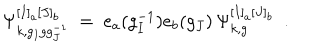
LaTeX: \Psi _ { k , g _ { I } g g _ { J } ^ { - 1 } } ^ { [ I ] _ { a } [ J ] _ { b } } \ = \ e _ { a } ( g _ { I } ^ { - 1 } ) e _ { b } ( g _ { J } ) \, \Psi _ { k , g } ^ { [ I ] _ { a } [ J ] _ { b } } \ \ .